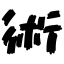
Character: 術